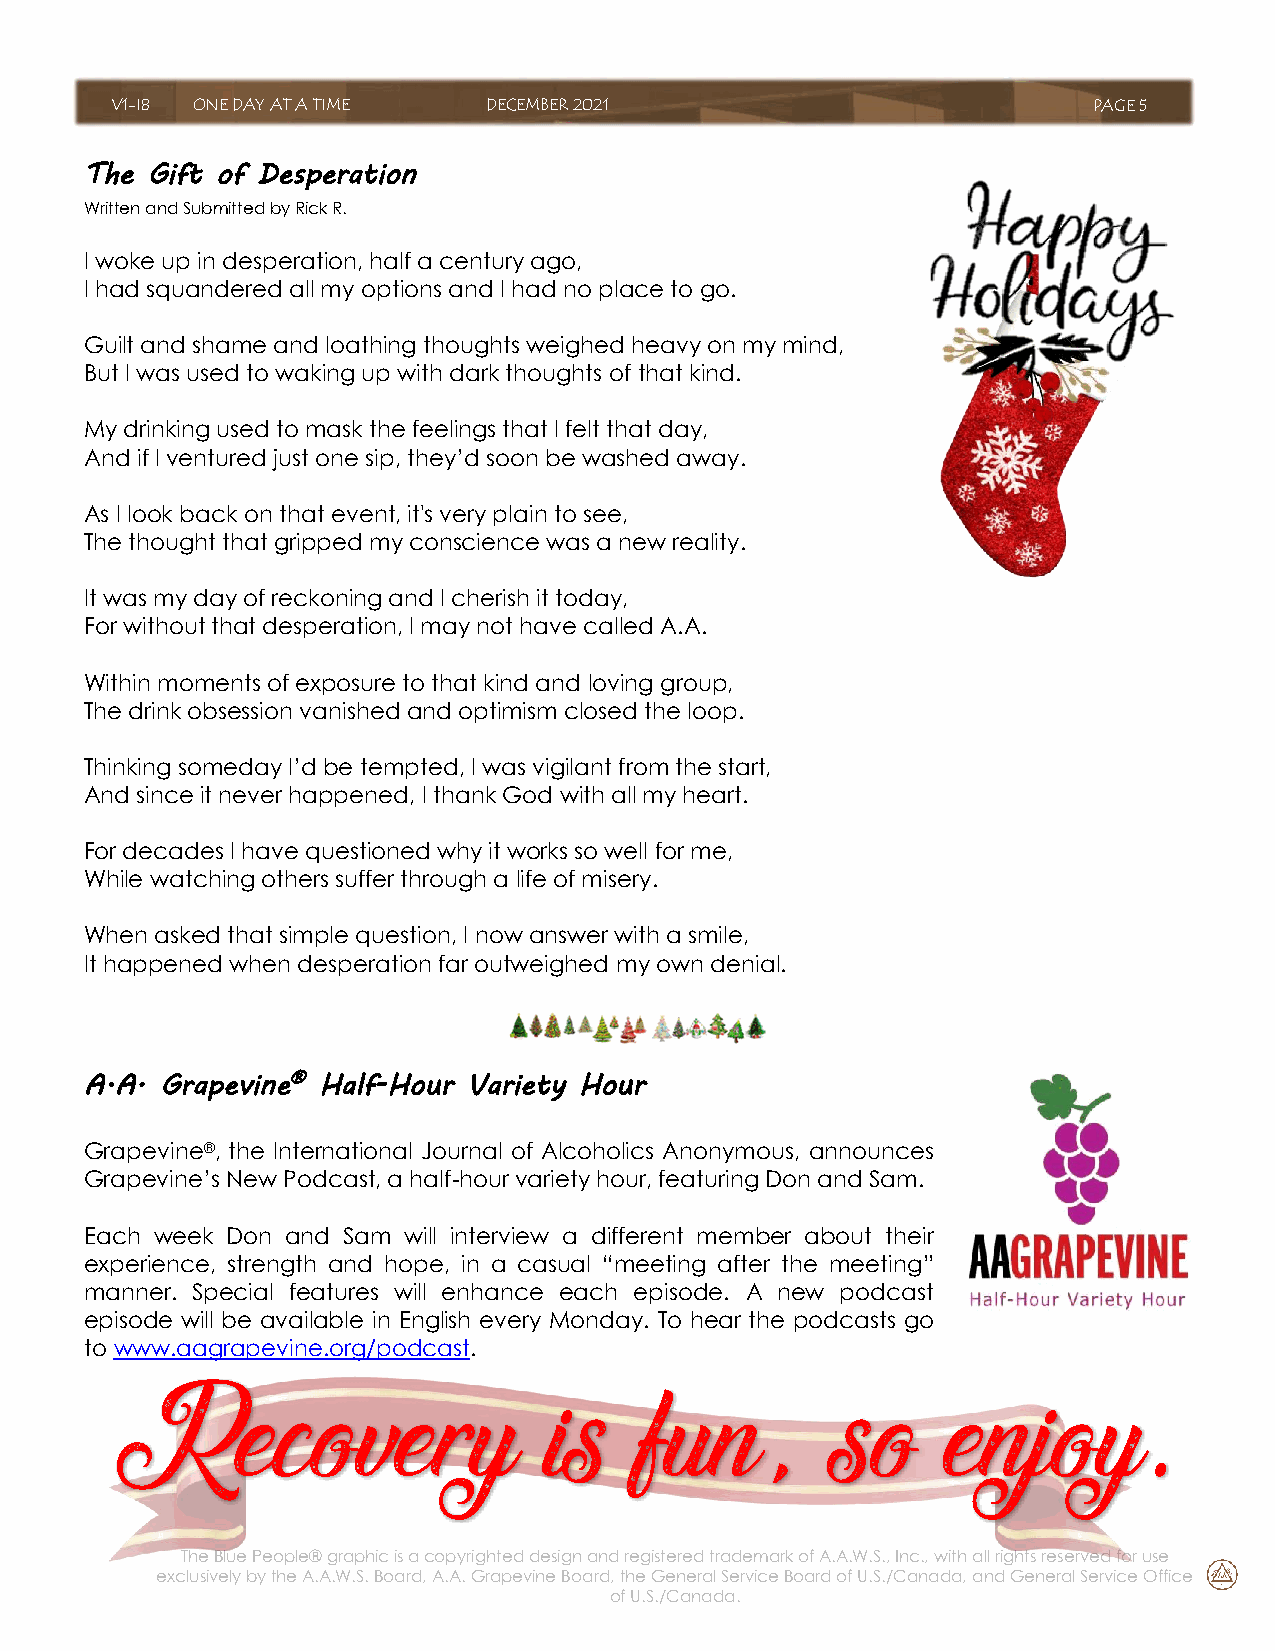
V1-I8 ONE DAY AT A TIME  DECEMBER 2021                           PAGE 5
 The Gift of Desperation
 Written and Submitted by Rick R.
 I woke up in desperation, half a century ago,
 I had squandered all my options and I had no place to go.
 Guilt and shame and loathing thoughts weighed heavy on my mind,
 But I was used to waking up with dark thoughts of that kind.
 My drinking used to mask the feelings that I felt that day,
 And if I ventured just one sip, they’d soon be washed away.
 As I look back on that event, it's very plain to see,
 The thought that gripped my conscience was a new reality.
 It was my day of reckoning and I cherish it today,
 For without that desperation, I may not have called A.A.
 Within moments of exposure to that kind and loving group,
 The drink obsession vanished and optimism closed the loop.
 Thinking someday I’d be tempted, I was vigilant from the start,
 And since it never happened, I thank God with all my heart.
 For decades I have questioned why it works so well for me,
 While watching others suffer through a life of misery.
 When asked that simple question, I now answer with a smile,
 It happened when desperation far outweighed my own denial.
 A.A. Grapevine® Half-Hour Variety Hour
 Grapevine®, the International Journal of Alcoholics Anonymous, announces
 Grapevine’s New Podcast, a half-hour variety hour, featuring Don and Sam.
 Each week Don and Sam will interview a different member about their
 experience, strength and hope, in a casual “meeting after the meeting”
 manner. Special features will enhance each episode. A new podcast
 episode will be available in English every Monday. To hear the podcasts go
 to www.aagrapevine.org/podcast.
 Recovery                    is    fun,         so      enjoy.
 The Blue People® graphic is a copyrighted design and registered trademark of A.A.W.S., Inc., with all rights reserved for use
 exclusively by the A.A.W.S. Board, A.A. Grapevine Board, the General Service Board of U.S./Canada, and General Service Office
 of U.S./Canada.